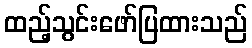
ထည့်သွင်းဖော်ပြထားသည်